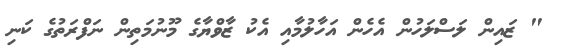
" ޒައިން ލަސްލަހުން އެހެން އަހާލުމާއި އެކު ޒާވްޔާގެ މޫނުމަތިން ނަފްރަތުގެ ކަނި